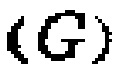
\((G)\)